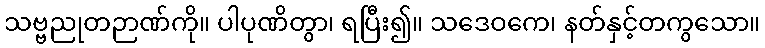
သဗ္ဗညုတဉာဏ်ကို။ ပါပုဏိတွာ၊ ရပြီး၍။ သဒေဝကေ၊ နတ်နှင့်တကွသော။